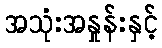
အသုံးအနှုန်းနှင့်